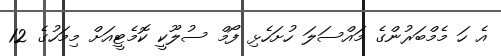
އެ ހަ މެމްބަރުންގެ މައްސަލަ ހުށަހެޅި ފޯމް ސުލޫކީ ކޮމެޓީއަށް މިމަހުގެ 12